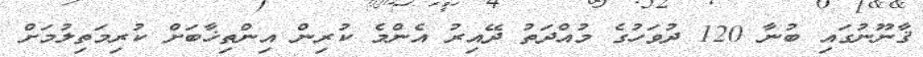
ޤާނޫނުގައި ބުނާ 120 ދުވަހުގެ މުއްދަތު ދޭއިރު އެންމެ ކުރިން އިންތިޚާބަށް ކުރިމަތިލުމަށް